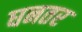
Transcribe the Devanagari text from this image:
घनतर